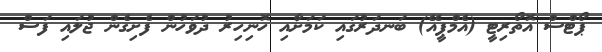
ޕޯޓްސް އޮތޯރިޓީ (އެމްޕީއޭ) ބަނދަރުގައި ކަމަށާއި ހޮނިހިރު ދުވަހުން ފެށިގެން ޖުލައި ފަސް